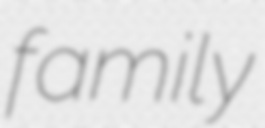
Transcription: family